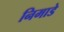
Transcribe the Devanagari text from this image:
निमाडे